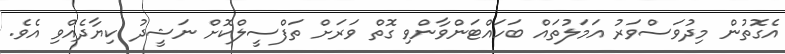
އެގޮތުން މިދުވަސްވަރު އަމަލުތައް ބަހައްޓަންވާންވި ގޮތް ވަރަށް ތަފްސީލްކޮށް ނަޝީދު ކިޔާދެއްވި އެވެ.